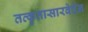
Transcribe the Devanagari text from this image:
तत्कृतासारवेदेन